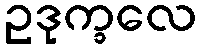
ဥဒုက္ခလေ